Civil Veterinary Department. United Provinces 1932-42 - 1932-1942
Year: 1932
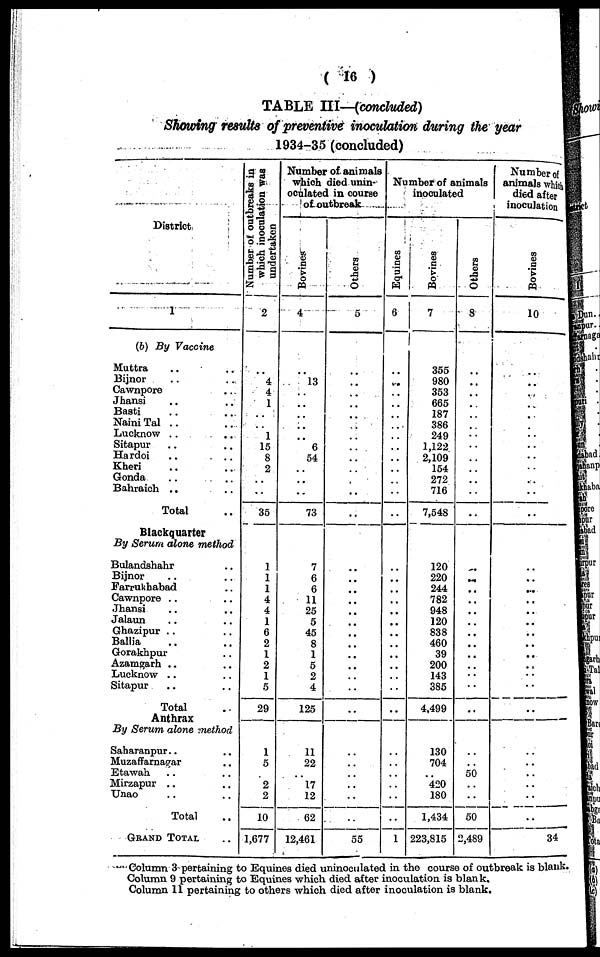
(16)
TABLE III—(concluded)
Showing results of preventive inoculation during the year
1934-35 (concluded)
District
1
(b) By Vaccine
Muttra .. ..
Bijnor .. ..
Cawnpore ..
Jhansi .. ..
Basti .. ..
Naini Tal .. ..
Lucknow .. ..
Sitapur .. ..
Hardoi
..
..
Kheri .. ..
Gonda .. ..
Bahraich .. ..
Total
Blackquarter
By Serum alone method
Bulandshahr ..
Bijnor .. ..
Farrukbabad ..
Cawnpore .. ..
Jhansi .. ..
Jalaun .. ..
Ghazipur .. ..
Ballia .. ..
Gorakhpur .. ..
Azamgarh .. ..
Lucknow .. ..
Sitapur .. ..
Total ..
Anthrax
By Serum alone method
Saharanpur .. ..
Muzaffarnajrar ..
Etawah .. ..
Mirzapur .. ..
Unao .. ..
Total ..
GRAND TOTAL ..
Number of outbreaks in
which inoculation was
undertaken
2
..
4
4
1
1
15
8
2
35
1
1
1
4
4
1
6
2
1
2
1
5
29
1
5
..
2
2
10
1,677
Number of animals
which died unin-
oculated in course
of. outbreak
Bovines
4
..
l3
..
..
..
..
..
6
54
..
..
..
73
7
6
6
11
25
5
45
8
1
5
2
4
125
11
22
..
17
12
62
12,461
Others
5
..
..
..
..
..
..
..
..
..
..
..
..
..
..
..
..
..
..
..
..
..
..
..
..
..
..
..
..
..
..
..
..
55
Number of animals
inoculated
Equines
6
..
..
..
..
..
..
..
..
..
..
..
..
..
..
..
..
..
..
..
..
..
..
..
..
..
..
..
..
..
..
..
..
1
Bovines
7
355
980
353
665
187
386
249
1,122
2,109
154
272
716
7,548
120
220
244
782
948
120
838
460
39
200
143
385
4,499
130
704
420
180
1,434
223,815
Others
8
..
..
..
..
..
..
..
..
..
..
..
..
..
..
..
..
..
..
..
..
..
..
..
..
..
..
..
..
50
..
..
50
2,489
Number of
animals which -
died after
inoculation
Bovines
10
..
..
..
..
..
..
..
..
..
..
..
..
..
..
..
..
..
..
..
..
..
..
..
..
..
..
..
..
..
..
..
..
34
Column 3 pertaining to Equines died uninoculated in the course of outbreak is blank.
Column 9 pertaining to Equines which died after inoculation is blank.
Column 11 pertaining to others which died after inoculation is blank.